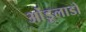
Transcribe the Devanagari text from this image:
ओंडूलाडो